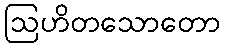
ဩဟိတသောတော